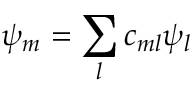
{ \psi _ { m } } = \sum _ { l } c _ { m l } { \psi _ { l } }